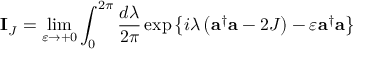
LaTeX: { \bf I } _ { J } = \operatorname * { l i m } _ { \varepsilon \rightarrow + 0 } \int _ { 0 } ^ { 2 \pi } { \frac { d \lambda } { 2 \pi } } \exp \left\{ { i \lambda \left( { { \bf a } ^ { \dagger } { \bf a } - 2 J } \right) - \varepsilon { \bf a } ^ { \dagger } { \bf a } } \right\}